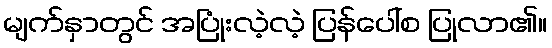
မျက်နှာတွင် အပြုံးလဲ့လဲ့ ပြန်ပေါ်စ ပြုလာ၏။